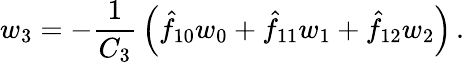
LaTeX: w_{3}=-{\frac{1}{C_{3}}}\left(\hat{f}_{10}w_{0}+\hat{f}_{11}w_{1}+\hat{f}_{12}w_{2}\right)\, .